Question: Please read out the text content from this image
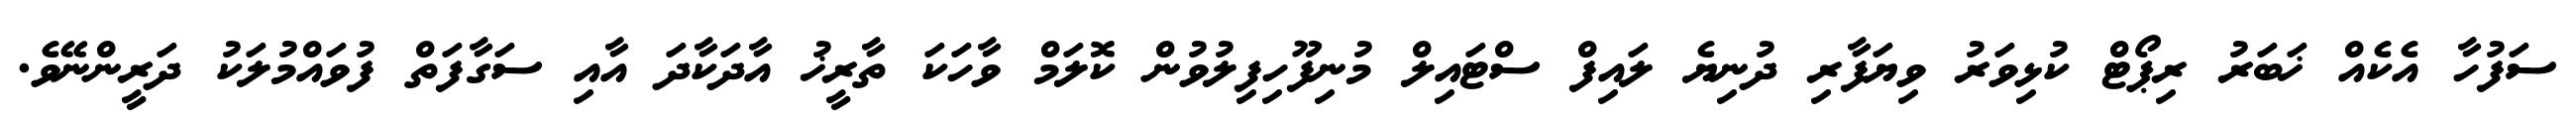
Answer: ސަފުހާ އެކެއް ޚަބަރު ރިޕޯޓް ކުޅިވަރު ވިޔަފާރި ދުނިޔެ ލައިފް ސްޓައިލް މުނިފޫހިފިލުވުން ކޮލަމް ވާހަކަ ތާރީޚު އާދަކާދަ އާއި ސަގާފަތް ފުވައްމުލަކު ދަރީންނޭވެ.